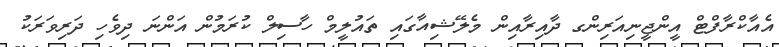
އެއާކްރާފްޓް އީންޖީނިއަރިންގ ދާއިރާއިން މެލޭޝިއާގައި ތައުލީމް ހާސިލް ކުރަމުން އަންނަ ދިވެހި ދަރިވަރަކު